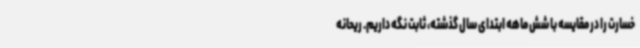
خسارت را در مقایسه با شش ماهه ابتدای سال گذشته، ثابت نگه داریم. ریحانه